Vaccination in Bombay 1913-1923 - 1913-1923
Year: 1913
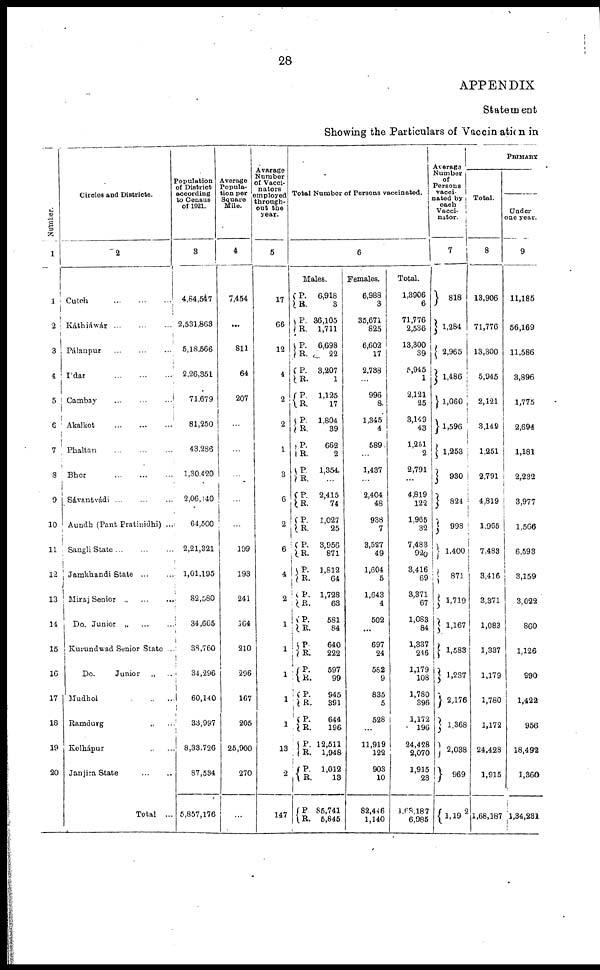
28
APPENDIX
Statement
Showing the Particulars of Vaccination in
Number.
1
1
2
3
4
5
6
7
8
9
10
11
12
13
14
15
16
17
18
19
20
Circles and Districts.
2
Cutch
...
...
...
Káthiáwár
...
...
...
Pálanpur ... ... ...
Ídar ... ... ...
Cambay ... ... ...
Akalkot
...
...
...
Phaltan
...
...
...
Bhor
...
...
...
Sávantvádi
...
...
...
Aundh (Pant Pratinidhi) ...
Sangli State ... ... ...
Jamkhandi State ... ...
Miraj Senior „ ... ...
Do. Junior „ ... ...
Kurundwad Senior State ...
Do.
Junior
„ ...
Mudhol
„
...
Ramdurg „ ...
Kolhápur „ ...
Janjira State ... ...
Total
...
Population
of District
according
to Census
of 1921.
3
4,84,547
2,531,863
5,18,566
2,26,351
71,679
81,250
43,286
1,30,420
2,06,140
64,500
2,21,321
1,01,195
82,580
34,665
38,760
34,296
60,140
33,997
8,33,726
87,534
5,857,176
Average
Popula-
tion per
Square
Mile.
4
7,454
...
811
64
207
...
...
...
...
...
199
193
241
164
210
296
167
205
25,900
270
...
Avarage
Number
of Vacci-
nators
employed
through-
out the
year.
5
17
66
12
4
2
2
1
3
6
2
6
4
2
1
1
1
1
1
13
2
147
Total Number of Persons vaccinated.
6
Males.
P.
R.
P.
R.
P.
R.
P.
R.
P.
R.
P.
R.
P.
R.
P.
R.
P.
R. P.
R.
P.
R.
P.
R.
P.
R.
P.
R.
P.
R.
P.
R. P.
R.
P.
R.
P.
R.
P.
R.
P.
R.
6,918
3
36,105
1,711
6,698
22
3,207
1
1,125
17
1,804
39
662
2
1,354
...
2,415
74
1,027
25
3,956
871
1,812
64
1,728
63
581
84
640
222
597
99
945
391
644
196
12,511
1,948
1,012
13
85,741
5,845
Females.
6,988
3
35,671
825
6,602
17
2,738
...
996
8
1,345
4
589
...
1,437
...
2,404
48
938
7
3,527
49
1,604
5
1,643
4
502
...
697
24
582
9
835
5
528
...
11,919
122
903
10
82,446
1,140
Total.
1,3906
6
71,776
2,536
13,300
39
5,945
1
2,121
25
3,149
43
1,251
2
2,791
...
4,819
122
1,965
32
7,483
920
3,416
69
3,371
67
1,083
84
1,337
246
1,179
108
1,780
396
1,172
196
24,428
2,070
1,915
23
1,68,187
6,985
Average
Number
of
Persons
vacci-
nated by
each
Vacci-
nator.
7
818
1,284
2,965
1,486
1,060
1,596
1,253
930
824
998
1,400
871
1,719
1,167
1,583
1,287
2,176
1,368
2,038
969
1,192
PRIMARY
Total.
8
13,906
71,776
13,300
5,945
2,121
3,149
1,251
2,791
4,819
1,965
7,483
3,416
3,371
1,083
1,337
1,179
1,780
1,172
24,428
1,915
1,68,187
Under
one year.
9
11,185
56,169
11,586
3,896
1,775
2,694
1,181
2,232
3,977
1,566
6,593
3,159
3,022
860
1,126
990
1,422
956
18,492
1,360
1,34,231